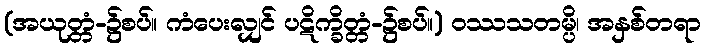
(အယုတ္တံ-၌စပ်။ ကံပေးလျှင် ပဋိက္ခိတ္တံ-၌စပ်။) ဝဿသတမ္ပိ၊ အနှစ်တရာ